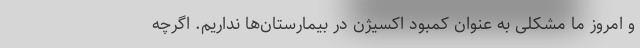
و امروز ما مشکلی به عنوان کمبود اکسیژن در بیمارستان‌ها نداریم. اگرچه